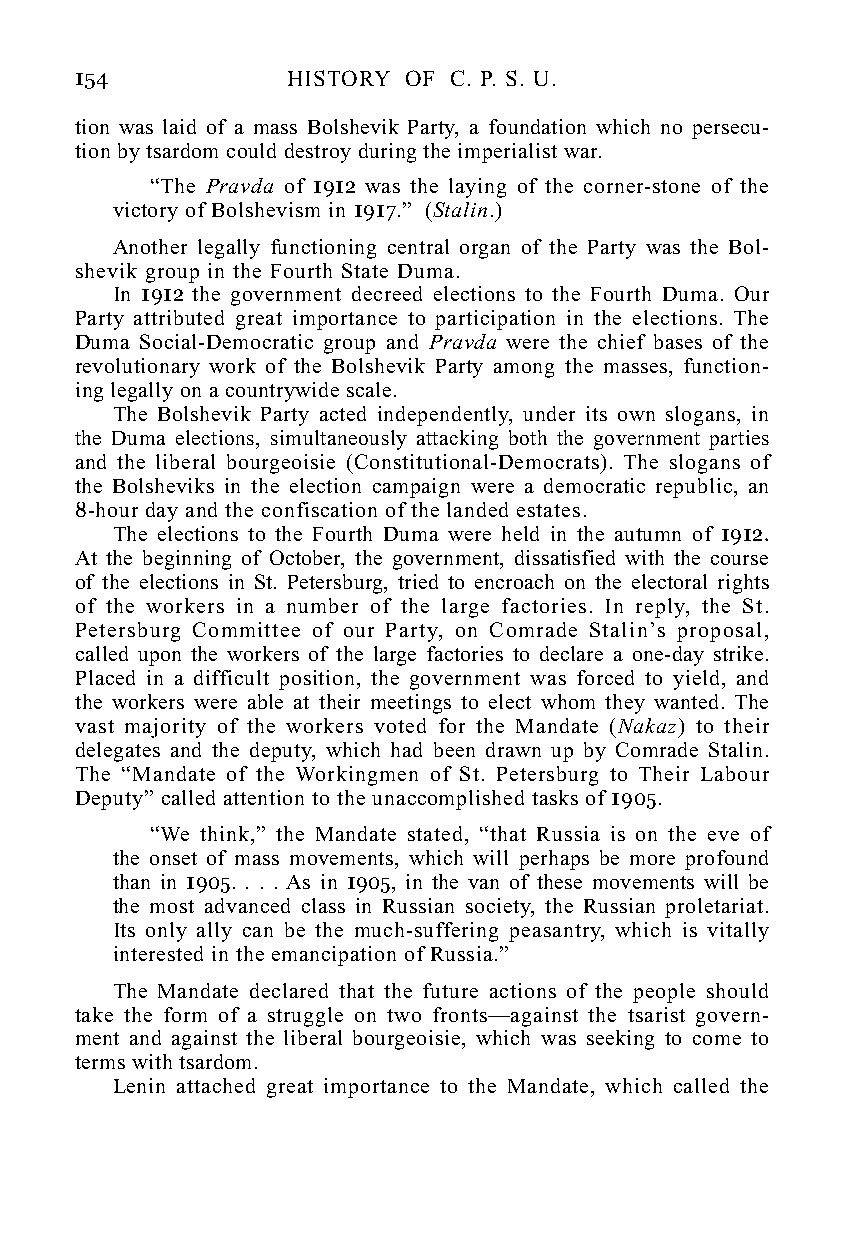
154           HISTORY OF C. P. S. U.
 tion was laid of a mass Bolshevik Party, a foundation which no persecu-
 tion by tsardom could destroy during the imperialist war.
 “The Pravda of 1912 was the laying of the corner-stone of the
 victory of Bolshevism in 1917.” (Stalin.)
 Another legally functioning central organ of the Party was the Bol-
 shevik group in the Fourth State Duma.
 In 1912 the government decreed elections to the Fourth Duma. Our
 Party attributed great importance to participation in the elections. The
 Duma Social-Democratic group and Pravda were the chief bases of the
 revolutionary work of the Bolshevik Party among the masses, function-
 ing legally on a countrywide scale.
 The Bolshevik Party acted independently, under its own slogans, in
 the Duma elections, simultaneously attacking both the government parties
 and the liberal bourgeoisie (Constitutional-Democrats). The slogans of
 the Bolsheviks in the election campaign were a democratic republic, an
 8-hour day and the confiscation of the landed estates.
 The elections to the Fourth Duma were held in the autumn of 1912.
 At the beginning of October, the government, dissatisfied with the course
 of the elections in St. Petersburg, tried to encroach on the electoral rights
 of the workers in a number of the large factories. In reply, the St.
 Petersburg Committee of our Party, on Comrade Stalin’s proposal,
 called upon the workers of the large factories to declare a one-day strike.
 Placed in a difficult position, the government was forced to yield, and
 the workers were able at their meetings to elect whom they wanted. The
 vast majority of the workers voted for the Mandate (Nakaz) to their
 delegates and the deputy, which had been drawn up by Comrade Stalin.
 The “Mandate of the Workingmen of St. Petersburg to Their Labour
 Deputy” called attention to the unaccomplished tasks of 1905.
 “We think,” the Mandate stated, “that Russia is on the eve of
 the onset of mass movements, which will perhaps be more profound
 than in 1905. . . . As in 1905, in the van of these movements will be
 the most advanced class in Russian society, the Russian proletariat.
 Its only ally can be the much-suffering peasantry, which is vitally
 interested in the emancipation of Russia.”
 The Mandate declared that the future actions of the people should
 take the form of a struggle on two fronts—against the tsarist govern-
 ment and against the liberal bourgeoisie, which was seeking to come to
 terms with tsardom.
 Lenin attached great importance to the Mandate, which called the